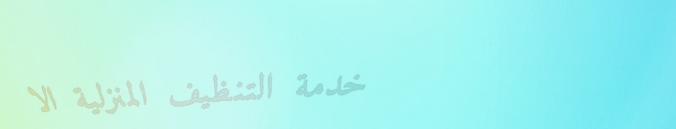
خدمة التنظيف المنزلية الا